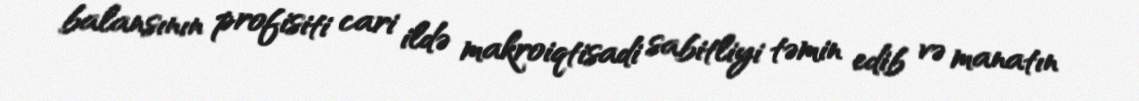
balansının profisiti cari ildə makroiqtisadi sabitliyi təmin edib və manatın